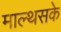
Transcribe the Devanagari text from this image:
माल्थसके